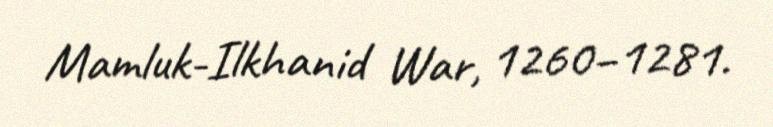
Mamluk-Ilkhanid War, 1260–1281.